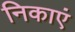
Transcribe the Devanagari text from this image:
निकाएं